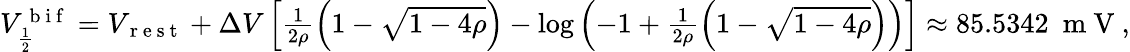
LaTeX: \begin{array}{r}{V_{\frac{1}{2}}^{\mathrm{~b~i~f~}}=V_{\mathrm{~r~e~s~t~}}+\Delta V\left[\frac{1}{2\rho}\left(1-\sqrt{1-4\rho}\right)-\log\left(-1+\frac{1}{2\rho}\left(1-\sqrt{1-4\rho}\right)\right)\right]\approx 85.5342~\mathrm{~m~V~},}\end{array}